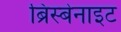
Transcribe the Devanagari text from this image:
ब्रिस्बेनाइट